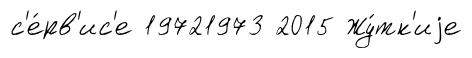
с'е́рв'ис'е 19721973 2015 Жу́тк'иjе